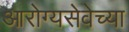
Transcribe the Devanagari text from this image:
आरोग्यसेवेच्या